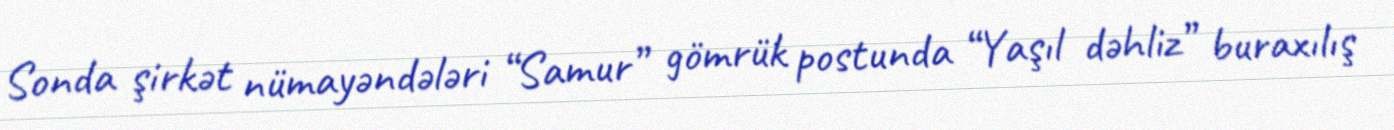
Sonda şirkət nümayəndələri “Samur” gömrük postunda “Yaşıl dəhliz” buraxılış